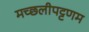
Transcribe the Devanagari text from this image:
मच्‍छलीपट्टणम